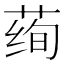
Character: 𱽾